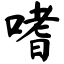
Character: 嗜